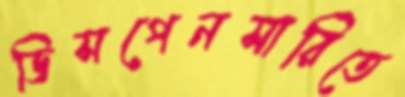
ডিসপেনসারিতে